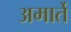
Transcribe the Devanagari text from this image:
अमार्ते